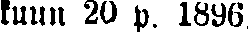
kuun 20 p. 1896.